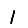
Digit: 1